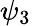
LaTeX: \psi_{3}\,